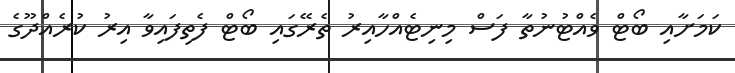
ކަމަށާއި ބޯޓް ވެއްޓުނުތާ ފަސް މިނިޓެއްހާއިރު ތެރޭގައި ބޯޓް ފެތިފައިވާ އިރު ކުރެއްދޫގެ